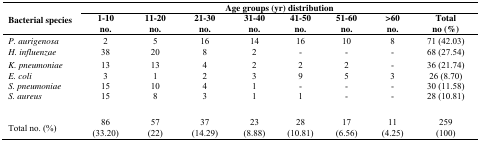
<table><thead><tr><td rowspan="2"><b>Bacterial species</b></td><td colspan="8"><b>Age groups (yr) distribution</b></td></tr><tr><td><b>1-10no.</b></td><td><b>11-20no.</b></td><td><b>21-30no.</b></td><td><b>31-40no.</b></td><td><b>41-50no.</b></td><td><b>51-60no.</b></td><td><b>&gt;60no.</b></td><td><b>Totalno (%)</b></td></tr></thead><tbody><tr><td><i>P. aurigenosa</i></td><td>2</td><td>5</td><td>16</td><td>14</td><td>16</td><td>10</td><td>8</td><td>71 (42.03)</td></tr><tr><td><i>H. influenzae</i></td><td>38</td><td>20</td><td>8</td><td>2</td><td>-</td><td>-</td><td>-</td><td>68 (27.54)</td></tr><tr><td><i>K. pneumoniae</i></td><td>13</td><td>13</td><td>4</td><td>2</td><td>2</td><td>2</td><td>-</td><td>36 (21.74)</td></tr><tr><td><i>E. coli</i></td><td>3</td><td>1</td><td>2</td><td>3</td><td>9</td><td>5</td><td>3</td><td>26 (8.70)</td></tr><tr><td><i>S. pneumoniae</i></td><td>15</td><td>10</td><td>4</td><td>1</td><td>-</td><td>-</td><td>-</td><td>30 (11.58)</td></tr><tr><td><i>S. aureus</i></td><td>15</td><td>8</td><td>3</td><td>1</td><td>1</td><td>-</td><td>-</td><td>28 (10.81)</td></tr><tr><td>Total no. (%)</td><td>86(33.20)</td><td>57(22)</td><td>37(14.29)</td><td>23(8.88)</td><td>28(10.81)</td><td>17(6.56)</td><td>11(4.25)</td><td>259(100)</td></tr></tbody></table>